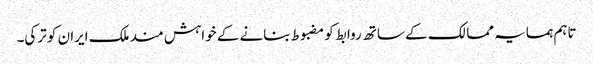
تاہم ہمسایہ ممالک کے ساتھ روابط کو مضبوط بنانے کے خواہش مند ملک ایران کو ترکی۔